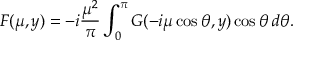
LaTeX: F ( \mu , y ) = - i \frac { { \mu } ^ { 2 } } { \pi } \int _ { 0 } ^ { \pi } G ( - i \mu \cos \theta , y ) \cos \theta \, d \theta .